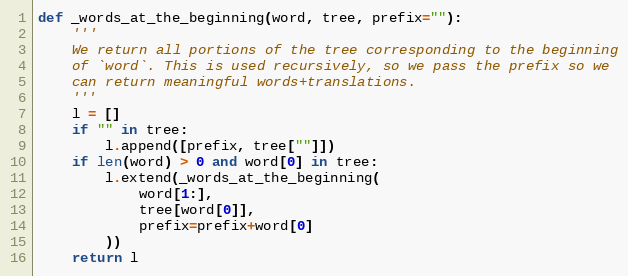
Language: Python
def _words_at_the_beginning(word, tree, prefix=""):
    '''
    We return all portions of the tree corresponding to the beginning
    of `word`. This is used recursively, so we pass the prefix so we
    can return meaningful words+translations.
    '''
    l = []
    if "" in tree:
        l.append([prefix, tree[""]])
    if len(word) > 0 and word[0] in tree:
        l.extend(_words_at_the_beginning(
            word[1:],
            tree[word[0]],
            prefix=prefix+word[0]
        ))
    return l